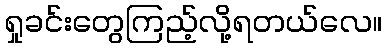
ရှုခင်းတွေကြည့်လို့ရတယ်လေ။